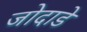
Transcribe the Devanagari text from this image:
जोदाडे